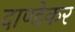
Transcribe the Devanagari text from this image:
दाण्डेकर